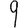
Digit: 9